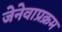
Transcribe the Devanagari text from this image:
जेनेवाप्रक्रम